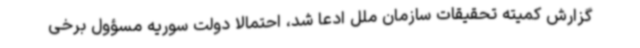
گزارش کمیته تحقیقات سازمان ملل ادعا شد، احتمالا دولت سوریه مسؤول برخی